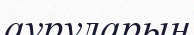
ауруларын